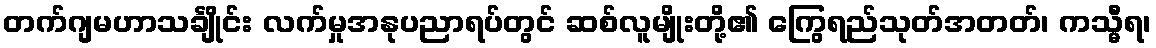
တက်ဂျမဟာသင်္ချိုင်း လက်မှုအနုပညာရပ်တွင် ဆစ်လူမျိုးတို့၏ ကြွေရည်သုတ်အတတ်၊ ကသ္မီရ၊